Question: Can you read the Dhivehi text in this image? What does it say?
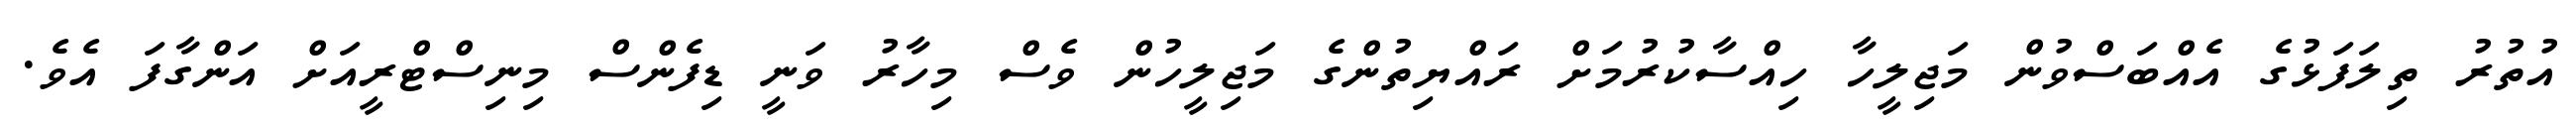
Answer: އުތުރު ތިލަފަޅުގެ އެއްބަސްވުން މަޖިލީހާ ހިއްސާކުރުމަށް ރައްޔިތުންގެ މަޖިލީހުން ވެސް މިހާރު ވަނީ ޑިފެންސް މިނިސްޓްރީއަށް އަންގާފަ އެވެ.